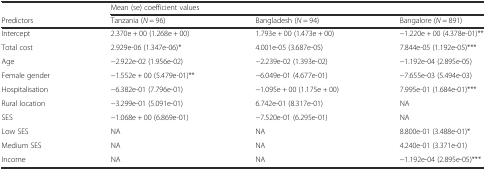
<table><thead><tr><td></td><td colspan="3"><b>Mean (se) coefficient values</b></td></tr><tr><td><b>Predictors</b></td><td><b>Tanzania (<i>N</i> = 96)</b></td><td><b>Bangladesh (<i>N</i> = 94)</b></td><td><b>Bangalore (<i>N</i> = 891)</b></td></tr></thead><tbody><tr><td>Intercept</td><td>2.370e + 00 (1.268e + 00)</td><td>1.793e + 00 (1.473e + 00)</td><td>−1.220e + 00 (4.378e-01)**</td></tr><tr><td>Total cost</td><td>2.929e-06 (1.347e-06)*</td><td>4.001e-05 (3.687e-05)</td><td>7.844e-05 (1.192e-05)***</td></tr><tr><td>Age</td><td>−2.922e-02 (1.956e-02)</td><td>−2.239e-02 (1.393e-02)</td><td>−1.192e-04 (2.895e-05)</td></tr><tr><td>Female gender</td><td>−1.552e + 00 (5.479e-01)**</td><td>−6.049e-01 (4.677e-01)</td><td>−7.655e-03 (5.494e-03)</td></tr><tr><td>Hospitalisation</td><td>−6.382e-01 (7.796e-01)</td><td>−1.095e + 00 (1.175e + 00)</td><td>7.995e-01 (1.684e-01)***</td></tr><tr><td>Rural location</td><td>−3.299e-01 (5.091e-01)</td><td>6.742e-01 (8.317e-01)</td><td>NA</td></tr><tr><td>SES</td><td>−1.068e + 00 (6.869e-01)</td><td>−7.520e-01 (6.295e-01)</td><td>NA</td></tr><tr><td>Low SES</td><td>NA</td><td>NA</td><td>8.800e-01 (3.488e-01)*</td></tr><tr><td>Medium SES</td><td>NA</td><td>NA</td><td>4.240e-01 (3.371e-01)</td></tr><tr><td>Income</td><td>NA</td><td>NA</td><td>−1.192e-04 (2.895e-05)***</td></tr></tbody></table>